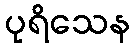
ပုရိသေန